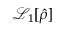
\mathcal { L } _ { 1 } [ \hat { \rho } ]